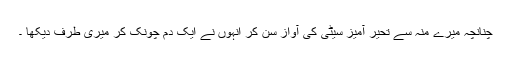
چنانچہ میرے منہ سے تحیر آمیز سیٹی کی آواز سن کر انہوں نے ایک دم چونک کر میری طرف دیکھا ۔